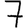
Digit: 7